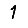
Digit: 1